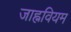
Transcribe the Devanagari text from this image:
जाह्नवियम